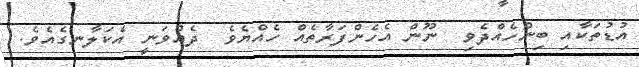
އުޑުތަކާއި ބިންހެއްދެވި  ނޫން އެހެންފަރާތެއް ހެއްޔެވެ  ދެއްވަނީ އެކަލާނގެއެވެ.